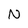
Character: N